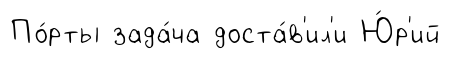
По́рты зада́ча доста́в'ил'и Ю́р'ий